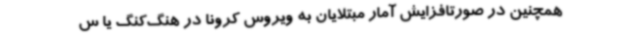
همچنین در صورتافزایش آمار مبتلایان به ویروس کرونا در هنگ‌کنگ یا س